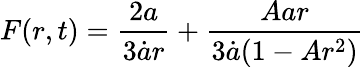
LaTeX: F(r,t)=\frac{2a}{3\dot{a}r}+\frac{Aar}{3\dot{a}(1-Ar^{2})}